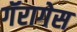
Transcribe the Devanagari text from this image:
गॅरागेस